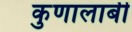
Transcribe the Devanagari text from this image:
कुणालाबी